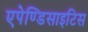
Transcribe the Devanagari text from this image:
एपेण्डिसाइटिस